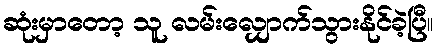
ဆုံးမှာတော့ သူ လမ်းလျှောက်သွားနိုင်ခဲ့ပြီ။